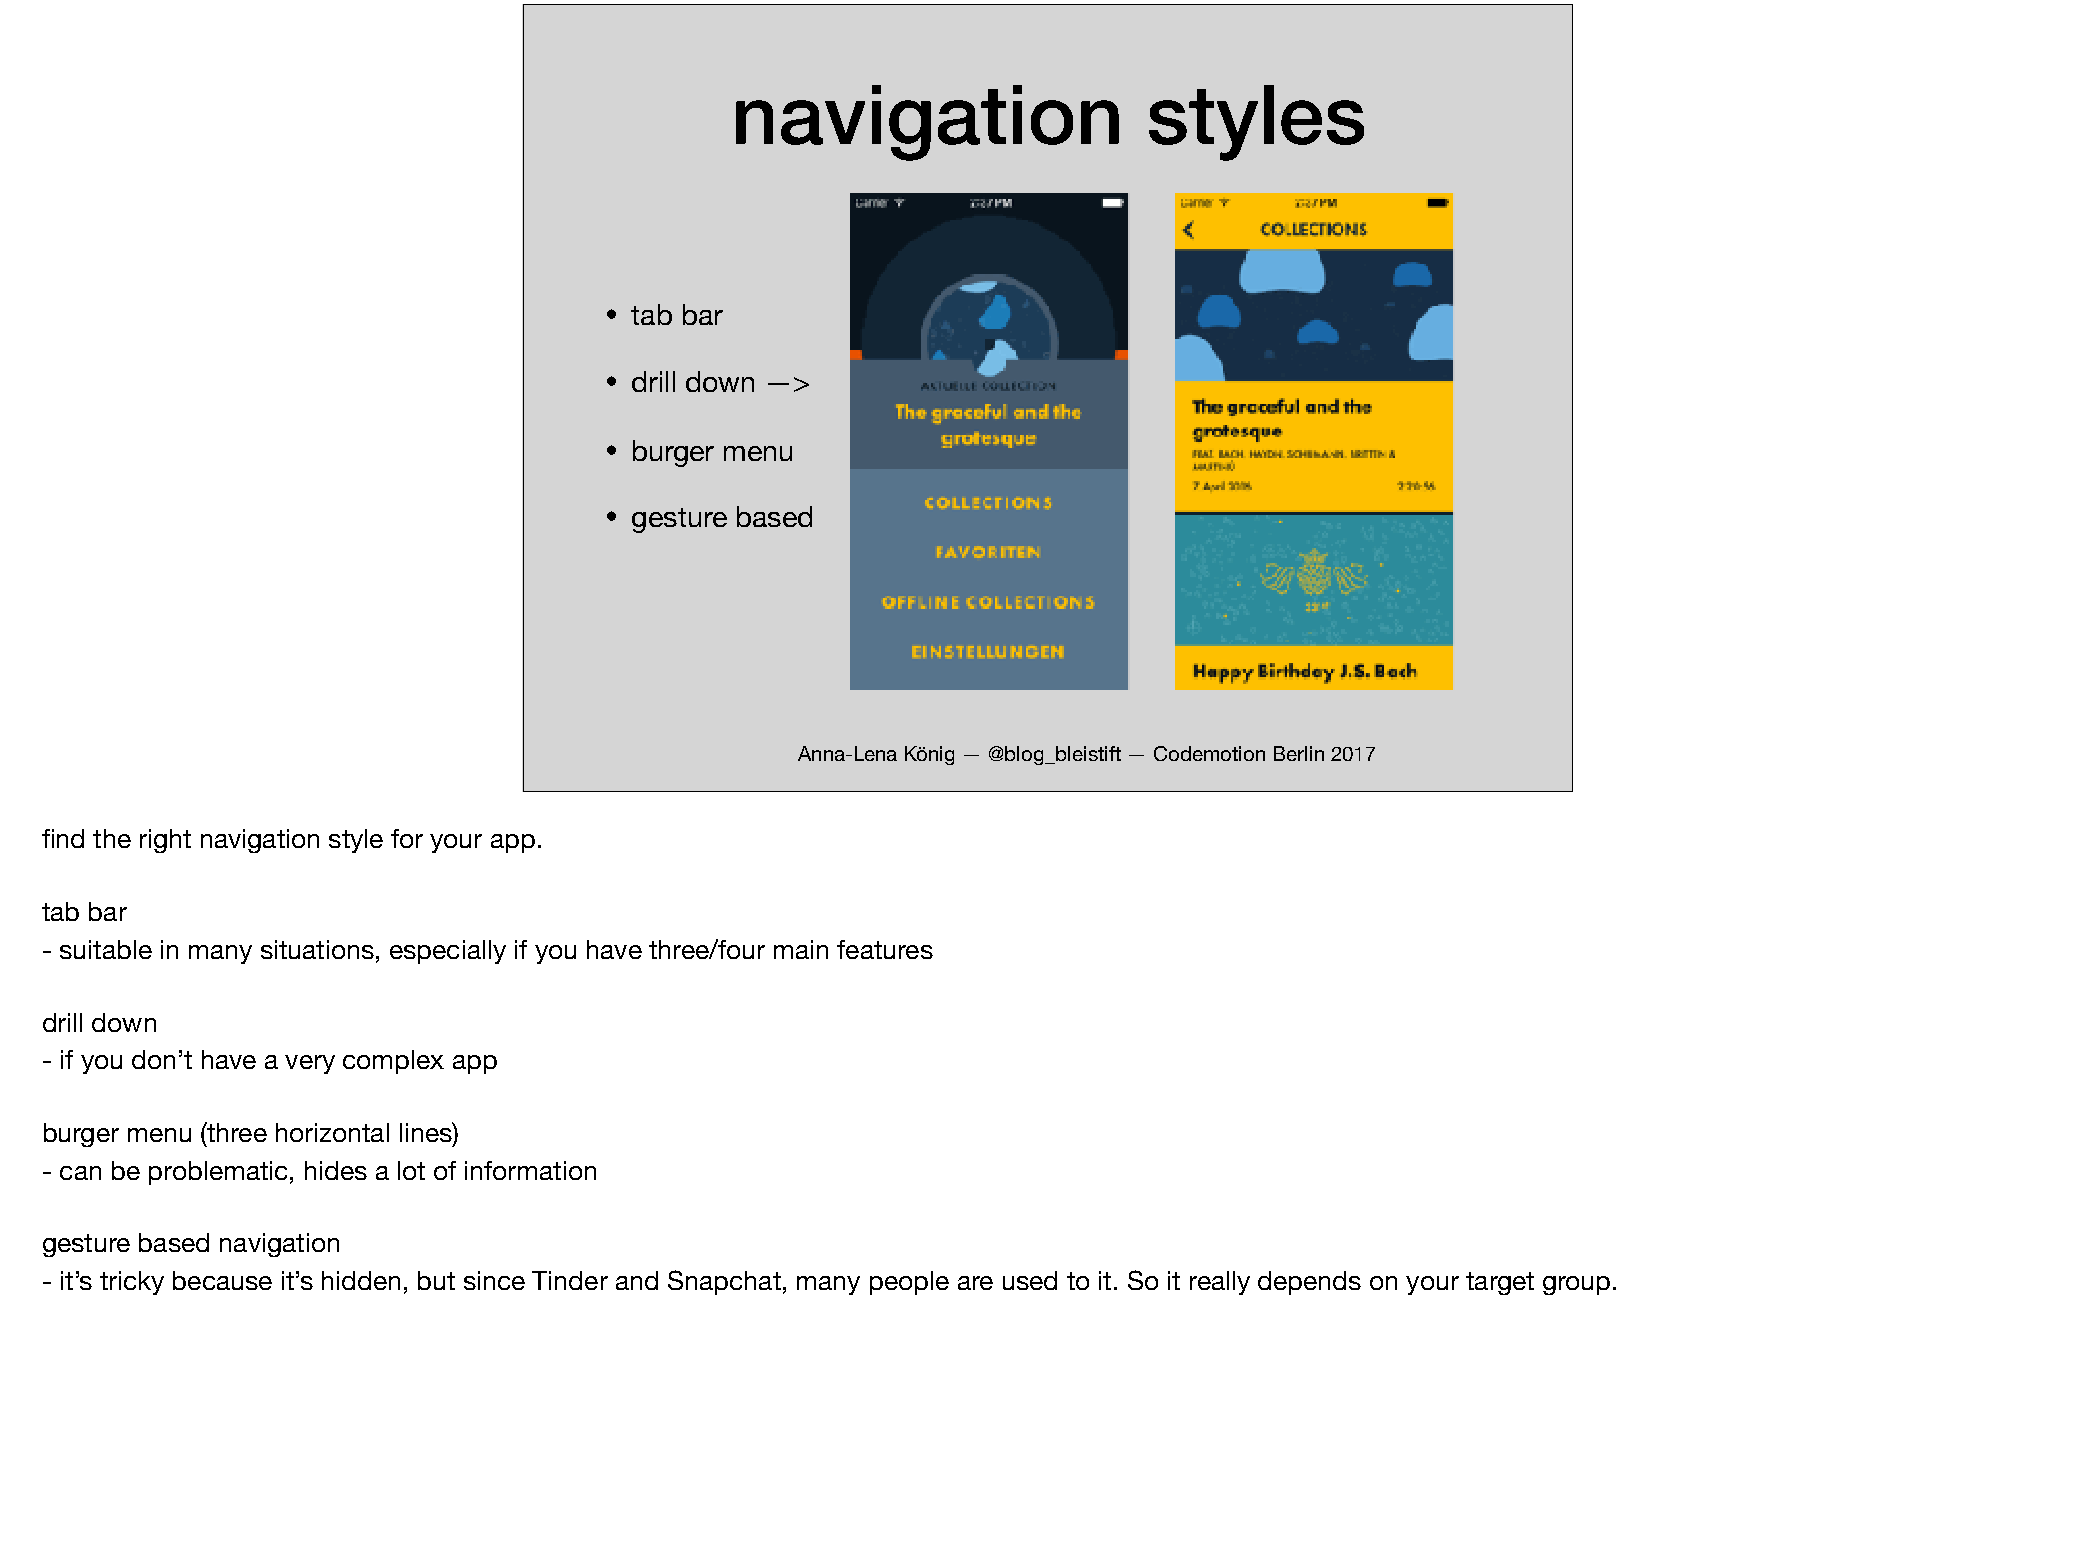
navigation                  styles
 • tab bar
 • drill down —>
 • burger menu
 • gesture based
 Anna-Lena König — @blog_bleistift — Codemotion Berlin 2017
 find the right navigation style for your app.
 tab bar
 - suitable in many situations, especially if you have three/four main features
 drill down
 - if you don’t have a very complex app
 burger menu (three horizontal lines)
 - can be problematic, hides a lot of information
 gesture based navigation
 - it’s tricky because it’s hidden, but since Tinder and Snapchat, many people are used to it. So it really depends on your target group.